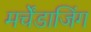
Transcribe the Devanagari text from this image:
मर्चेंडाजिंग